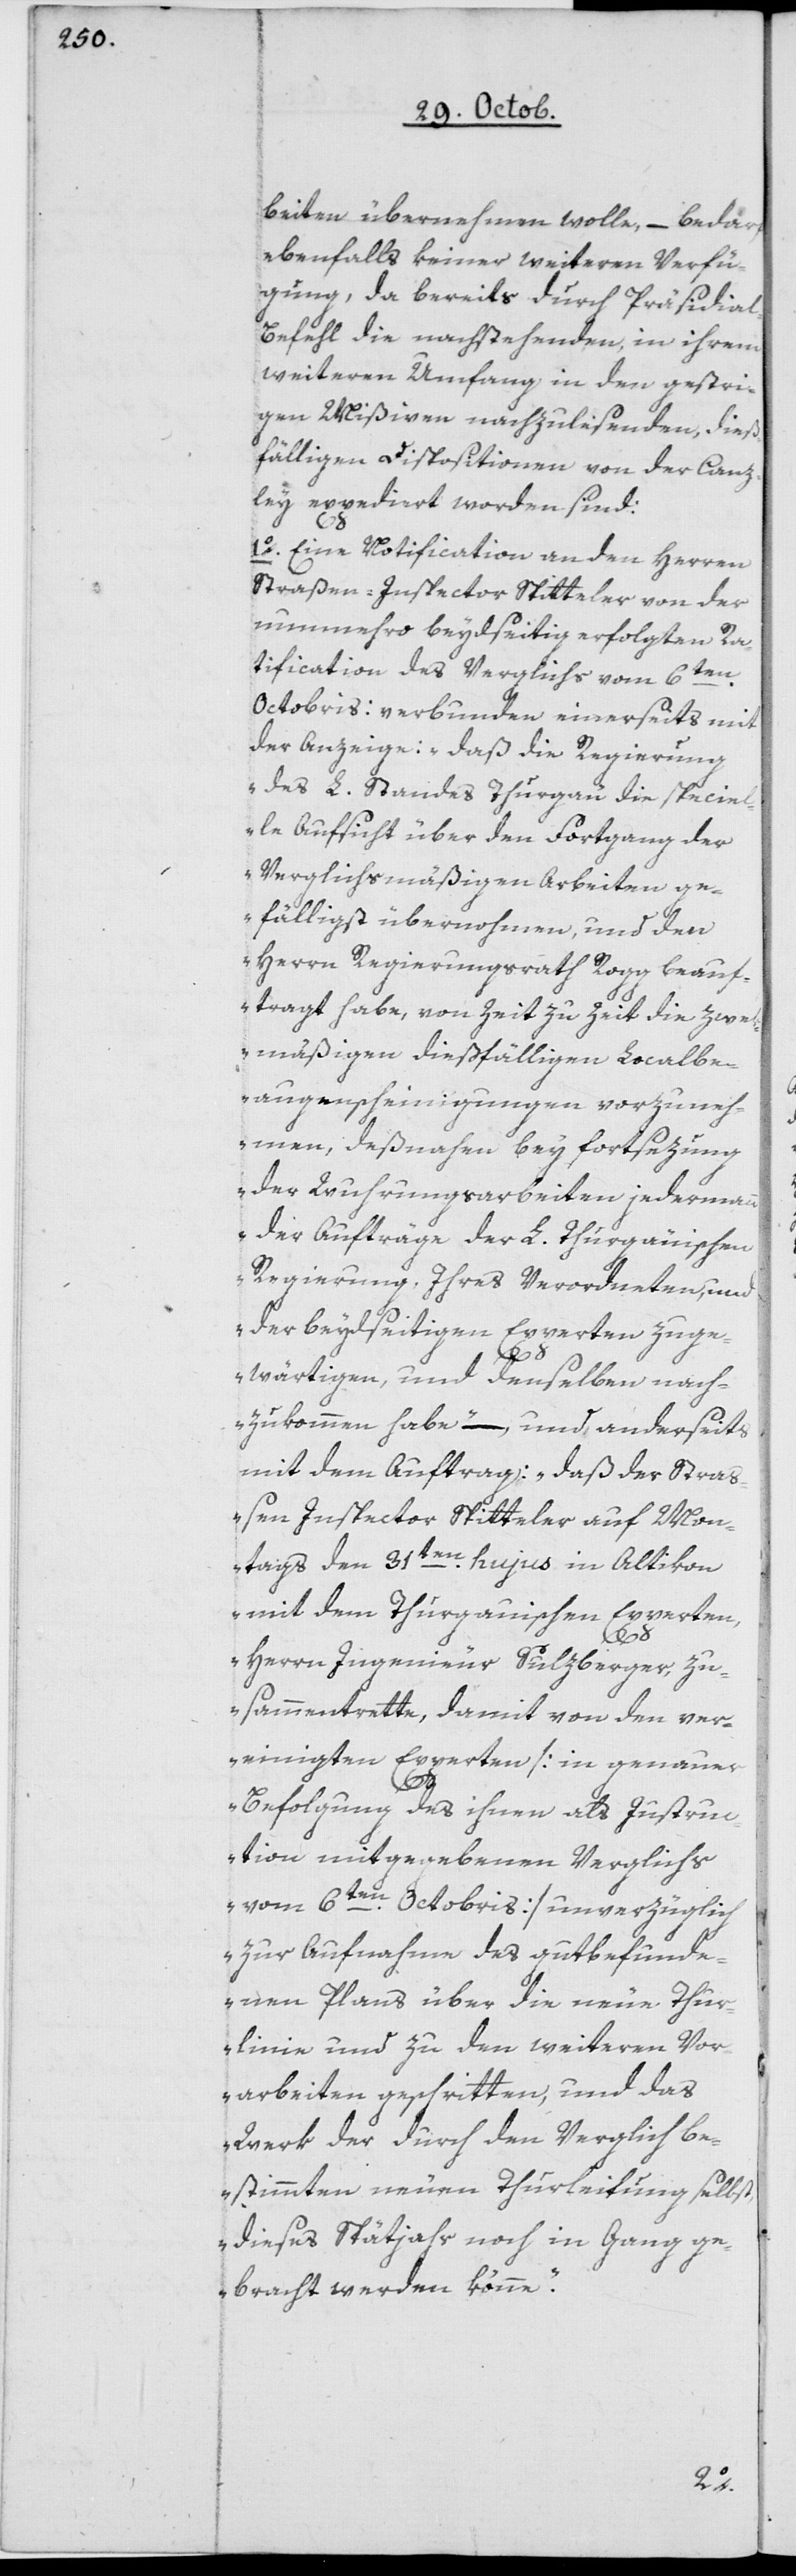
beiten übernehmen wolle, – bedarf
ebenfalls keiner weiteren Verfü¬
gung, da bereits durch Präsidial-B¬
efehl die nachstehenden, in ihrem
weiteren Umfang in den gestri¬
gen Mißiven nachzulesenden, dieß¬
fälligen Dispositionen von der Canz¬
ley expediert worden sind:
1o Eine Notification an den Herren
Straßen-Inspector Spitteler von der
nunmehro beydseitig erfolgten Ra¬
tification des Vergleichs vom
6ten
Octobris: verbunden einerseits mit
der Anzeige: „Daß die Regierung
des L. Standes Thurgau die specie¬
lle Aufsicht über den Fortgang der
verglichsmäßigen Arbeiten ge¬
fälligst übernohmen und den
Herrn Regierungsrath Rogg beauf¬
tragt habe, von Zeit zu Zeit die zwek¬
mäßigen dießfälligen Localbe¬
augenscheinigungen vorzuneh¬
men, deßnahen bey Fortsezung
der Wuhrungsarbeiten jedermann
der Aufträge der L. Thurgauischen
Regierung ihres Verordneten, und
der beydseitigen Experten zu ge¬
wärtigen, und denselben nach¬
zukommen habe“ –, und anderseits
mit dem Auftrag: „daß der Straß¬
en Inspector Spitteler auf Mon¬
tags den 31ten hujus in Altikon
mit dem Thurgauischen Experten,
Herrn Ingenieur Sulzberger, zu¬
sammentrette, damit von den ver¬
einigten Experten [in genauer
Befolgung des ihnen als Instruc¬
tion mitgegebenen Vergleichs
vom 6ten Octobris] unverzüglich
zur Aufnahme des gutbefunde¬
nen Plans über die neue Thur¬
linie und zu den weiteren Vor¬
arbeiten geschritten, und das
Werk der durch den Verglich be¬
stimmten neuen Thurleitung selbst
dieses Spätjahr noch in Gang ge¬
bracht werden könne“.